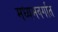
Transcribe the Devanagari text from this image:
मध्यमवर्गात